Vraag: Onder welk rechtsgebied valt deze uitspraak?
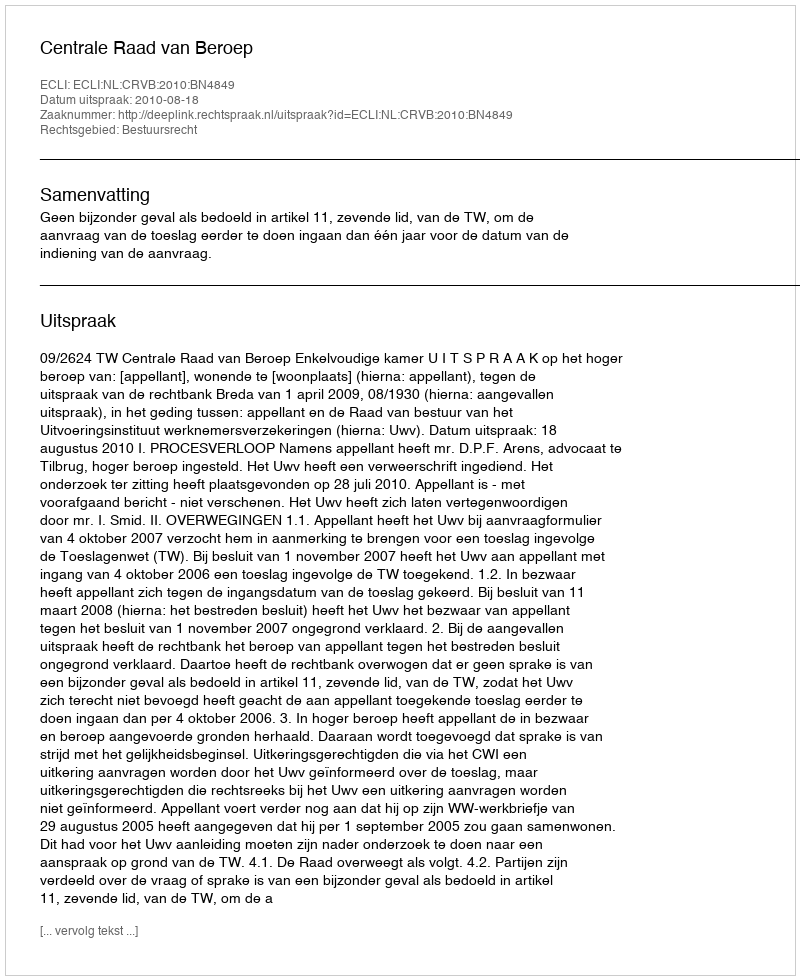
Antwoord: Bestuursrecht